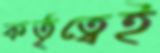
কর্তৃত্বেই